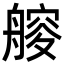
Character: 𦪁